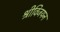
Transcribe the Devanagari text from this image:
श्रीविजयन